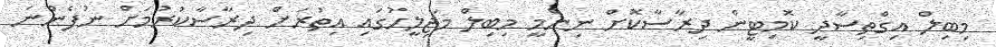
މިބިލް އިގްތިސާދީ ކޮމިޓީން ދިރާސާކޮށް ނިންމީ މިބިލް މަޖިލީހުގައި އިތުރަށް ދިރާސާކުރުމަށް ނުފެންނަ